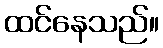
ထင်နေသည်။